Vaccination North-Western Provinces 1866-1877 - 1866-1877
Year: 1866
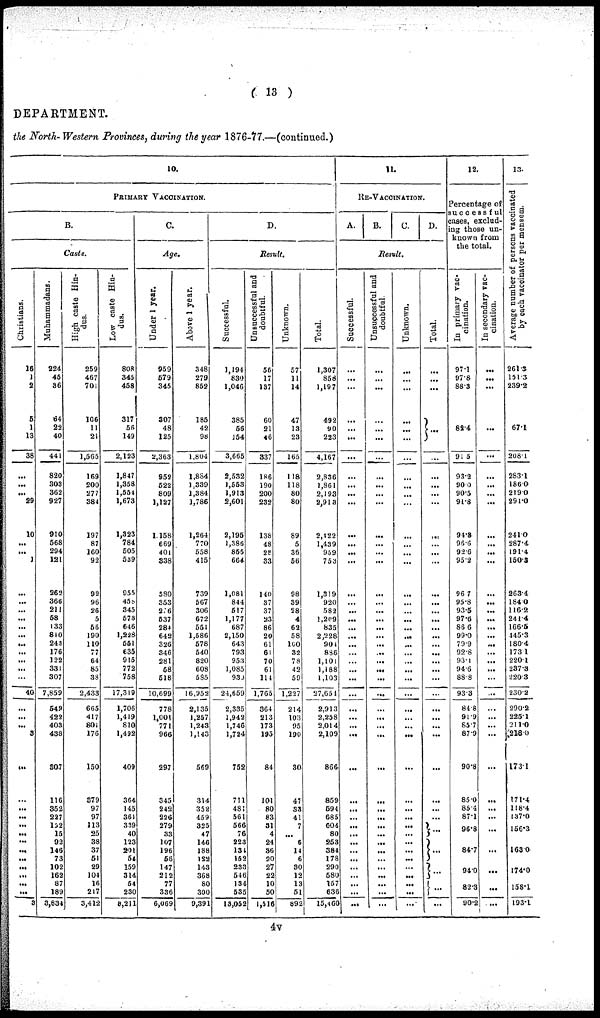
( 13 )
DEPARTMENT.
the North- Western Provinces, during the year 1876-77.—(continued.)
10.
PRIMARY VACCINATION.
B.
Caste.
Christians.
26
1
2
5
1
13
38
...
...
...
29
10
...
...
1
...
...
...
...
...
...
...
...
...
...
...
40
...
...
...
3
...
...
...
...
...
...
...
...
...
...
...
...
...
3
Muhammadans.
224
45
36
64
22
40
441
820
303
362
927
910
568
294
121
262
366
211
58
133
810
243
176
122
331
307
7,859
549
422
403
438
307
116
352
227
152
15
92
146
73
102
162
87
189
3,834
High caste Hin-
dus.
259
467
701
106
11
21
1,565
169
200
277
384
197
87
160
92
92
96
26
5
56
190
110
77
64
85
38
2,433
665
417
801
176
150
379
97
97
113
25
38
37
51
29
104
16
217
3,412
Low caste Hin-
dus.
808
345
458
317
56
149
2,123
1,847
1,358
1,554
1,673
1,323
784
505
539
955
458
345
573
646
1,228
551
635
915
772
758
17,319
1,706
1,419
810
1,492
409
364
145
361
339
40
123
201
54
159
314
54
230
8,211
C.
Age.
Under 1 year.
959
579
345
307
48
125
2,363
952
522
809
1,127
1,158
669
401
338
580
353
276
537
284
642
326
346
281
68
518
10,699
778
1,001
771
966
297
345
242
226
279
33
107
196
56
147
212
77
336
6,069
Above 1 year.
348
279
852
185
42
98
1,804
1,884
1,339
1,384
1,786
1,264
770
558
415
739
567
306
672
551
1,586
578
540
820
608
585
16,952
2,135
1,257
1,243
1,143
569
314
352
459
325
47
146
188
122
143
368
80
300
9,391
D.
Result.
Successful.
1,194
830
1,046
385
56
154
3,665
2,532
1,553
1,913
2,601
2,195
1,386
855
664
1,081
844
517
1,177
687
2,150
643
793
953
1,085
930
24,659
2,335
1,942
1,746
1,724
752
711
481
561
566
76
223
134
152
233
546
134
535
13,052
Unsuccessful and
doubtful.
56
17
137
60
21
46
337
186
190
200
232
138
48
28
33
140
37
37
23
86
20
61
61
70
61
114
1,765
364
213
173
195
84
104
80
83
31
4
24
36
20
27
22
10
50
1,516
Unknown.
57
11
14
47
13
23
165
118
118
80
80
89
5
36
56
98
39
28
4
62
58
100
32
78
42
59
1,227
214
103
95
190
30
47
83
41
7
...
6
14
6
30
12
13
51
892
Total.
1,307
858
1,197
492
90
223
4,167
2,836
1,861
2,193
2,913
2,422
1,439
959
753
1,319
920
582
1,209
835
2,228
904
886
1,101
1,188
1,103
27,654
2,913
2,258
2,014
2,109
866
859
594
685
604
80
253
384
178
290
680
157
636
15,460
11.
RE-VACCINATION.
A.
B.
C.
D.
Result.
Successful.
...
...
...
...
...
...
...
...
...
...
...
...
...
...
...
...
...
...
...
...
...
...
...
...
...
...
...
...
...
...
...
...
...
...
...
...
...
...
...
...
...
...
...
...
...
Unsuccessful and
doubtful.
...
...
...
...
...
...
...
...
...
...
...
...
...
...
...
...
...
...
...
...
...
...
...
...
...
...
...
...
...
...
...
...
...
...
...
...
...
...
...
...
...
...
...
...
...
Unknown.
...
...
...
...
...
...
...
...
...
...
...
...
...
...
...
...
...
...
...
...
...
...
...
...
...
...
...
...
...
...
...
...
...
...
...
...
...
...
...
...
...
...
...
...
...
Total.
...
...
...
...
...
...
...
...
...
...
...
...
...
...
...
...
...
...
...
...
...
...
...
...
...
...
...
...
...
...
...
...
...
...
...
...
...
...
12.
Percentage of
successful
cases, exclud-
ing those un-
known from
the total.
In primary vac-
cination.
97.1
97.8
88.3
82.4
91.5
93.2
90.0
90.5
91.8
94.8
96.6
92.6
95.2
96.7
95.8
93.5
97.6
86.6
99.0
79.9
92.8
93.1
94.6
88.8
93.3
84.8
91.9
85.7
87.9
90.8
85.0
85.4
87.1
96.8
84.7
94.0
82.3
90.2
In secondary vac-
cination.
...
...
...
...
...
...
...
...
...
...
...
...
...
...
...
...
...
...
...
...
...
...
...
...
...
...
...
...
...
...
...
...
...
...
...
...
13.
Average number of persons vaccinated
by each vaccinator per mensem.
261.3
151.3
239.2
67.1
208.1
283.1
186.0
219.0
291.0
241.0
287.4
191.4
150.3
263.4
184.0
116.2
241.4
166.5
445.3
180.4
173.1
220.1
237.3
220.3
230.2
290.2
225.1
211.0
218.0
173.1
171.4
118.4
137.0
156.3
163.0
174.0
158.1
193.1
4V